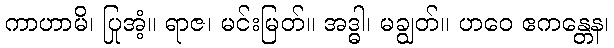
ကာဟာမိ၊ ပြုအံ့။ ရာဇ၊ မင်းမြတ်။ အဒ္ဓါ၊ မချွတ်။ ဟဝေ ဧကန္တေန၊